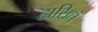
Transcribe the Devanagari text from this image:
ह्यसितं